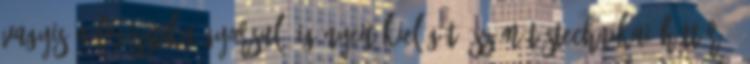
vagyis a logisztika gyorsuló igényeit kielégítő számítástechnikai háttér –